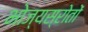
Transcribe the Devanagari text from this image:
भोज्यस्रोतों